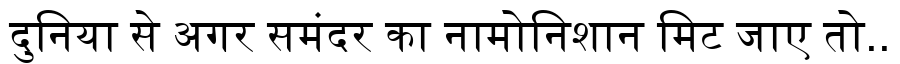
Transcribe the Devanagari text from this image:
दुनिया से अगर समंदर का नामोनिशान मिट जाए तो..